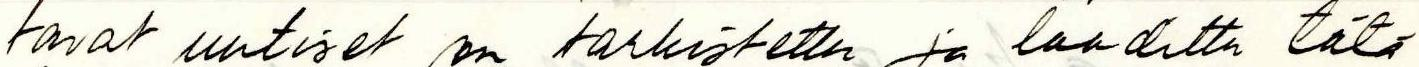
tavat uutiset on tarkistettu ja laadittu tätä